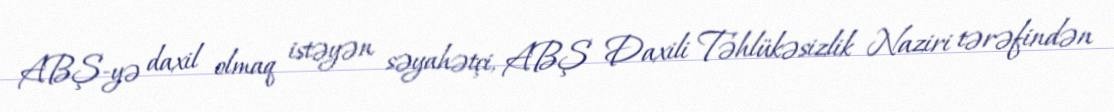
ABŞ-yə daxil olmaq istəyən səyahətçi, ABŞ Daxili Təhlükəsizlik Naziri tərəfindən